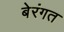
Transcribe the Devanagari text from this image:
बेरंगत